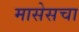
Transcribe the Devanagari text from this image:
मासेसचा